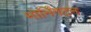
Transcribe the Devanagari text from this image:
मोर्निंगटन